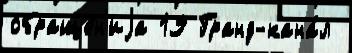
обраще́н'иjа 19 Гранд-кана́л